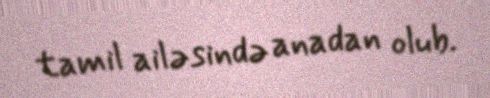
tamil ailəsində anadan olub.